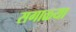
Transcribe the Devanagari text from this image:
सगाळ्या